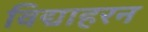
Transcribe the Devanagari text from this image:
विद्याहरन